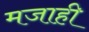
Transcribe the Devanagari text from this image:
मजाही